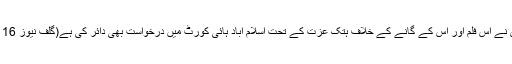
راجپوت برادری نے اس فلم اور اس کے گانے کے خلاف ہتک عزت کے تحت اسلام آباد ہائی کورٹ میں درخواست بھی دائر کی ہے(گلف نیوز 16 اکتوبر 2018)۔